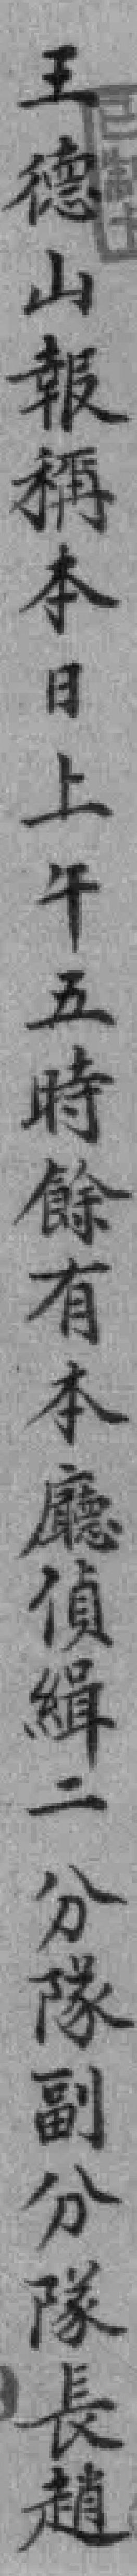
王德山報稱本日上午五時餘有本廳偵緝二分隊副分隊長趙